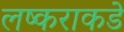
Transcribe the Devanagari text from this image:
लष्कराकडे